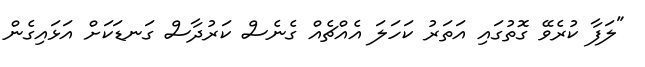
"ލަފާ ކުރެވޭ ގޮތުގައި އަތަރު ކަހަލަ އެއްޗެއް ގެނެސް ކަރުދާސް ގަނޑަކަށް އަޅައިގެން